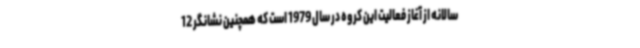
سالانه از آغاز فعالیت این کروه در سال 1979 است که همچنین نشانگر 12